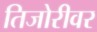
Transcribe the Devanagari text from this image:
तिजोरीवर